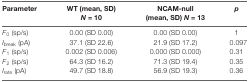
| Parameter | WT (mean, SD) N = 10 | NCAM-null (mean, SD) N = 13 | p |
 | --- | --- | --- | --- |
 | F0 (sp/s) | 0.00 (SD 0.00) | 0.00 (SD 0.00) | 1 |
 | Ibreak (pA) | 37.1 (SD 22.6) | 21.9 (SD 17.2) | 0.097 |
 | F1 (sp/s) | 0.002 (SD 0.006) | 0.000 (SD 0.000) | 0.31 |
 | F2 (sp/s) | 64.3 (SD 16.2) | 71.3 (SD 19.4) | 0.35 |
 | Irate (pA) | 49.7 (SD 18.8) | 56.9 (SD 19.3) | 0.36 |